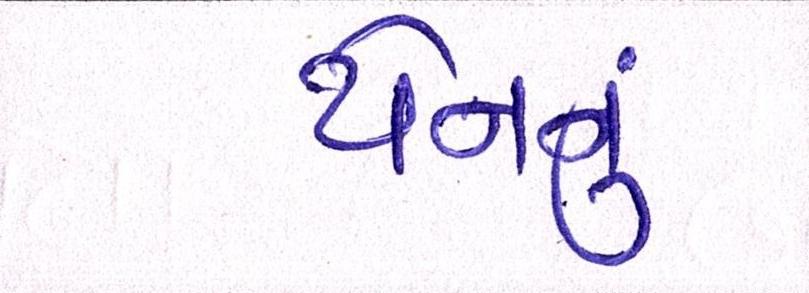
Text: યેનનું